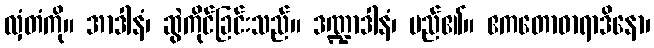
လှံတံကို။ အာဒါနံ၊ ဆွဲကိုင်ခြင်းသည်။ ဒဏ္ဍာဒါနံ၊ မည်၏။ ဧကတောဓာရာဒိနော၊